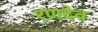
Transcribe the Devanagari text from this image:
रणदेव